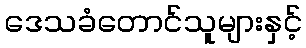
ဒေသခံတောင်သူများနှင့်